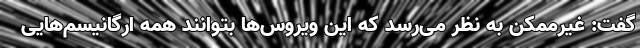
گفت: غیرممکن به نظر می‌رسد که این ویروس‌ها بتوانند همه ارگانیسم‌هایی